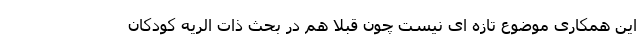
این همکاری موضوع تازه ای نیست چون قبلا هم در بحث ذات الریه کودکان